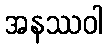
အနဿဝါ